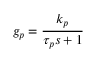
g _ { p } = { \frac { k _ { p } } { \tau _ { p } s + 1 } }